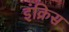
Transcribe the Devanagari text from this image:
इंक्रिस